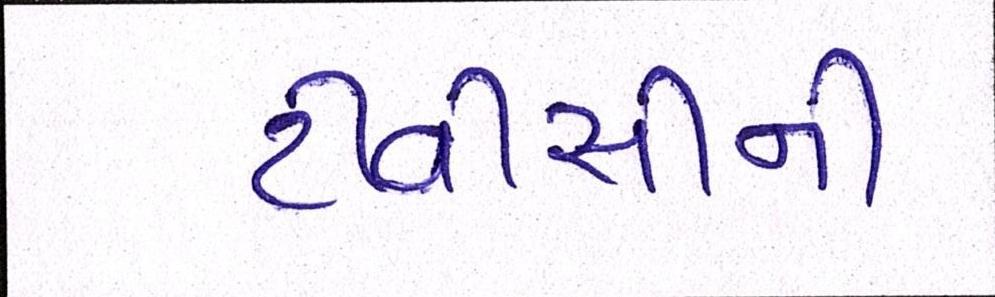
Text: ટીવીસીની